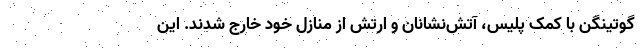
گوتینگن با کمک پلیس، آتش‌نشانان و ارتش از منازل خود خارج شدند. این